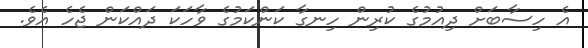
އެ ހިސާބަށް ދިއުމުގެ ކުރިން ހިނގާ ކަންކަމުގެ ވާހަކަ ދައްކަން ޖެހެ އެވެ.